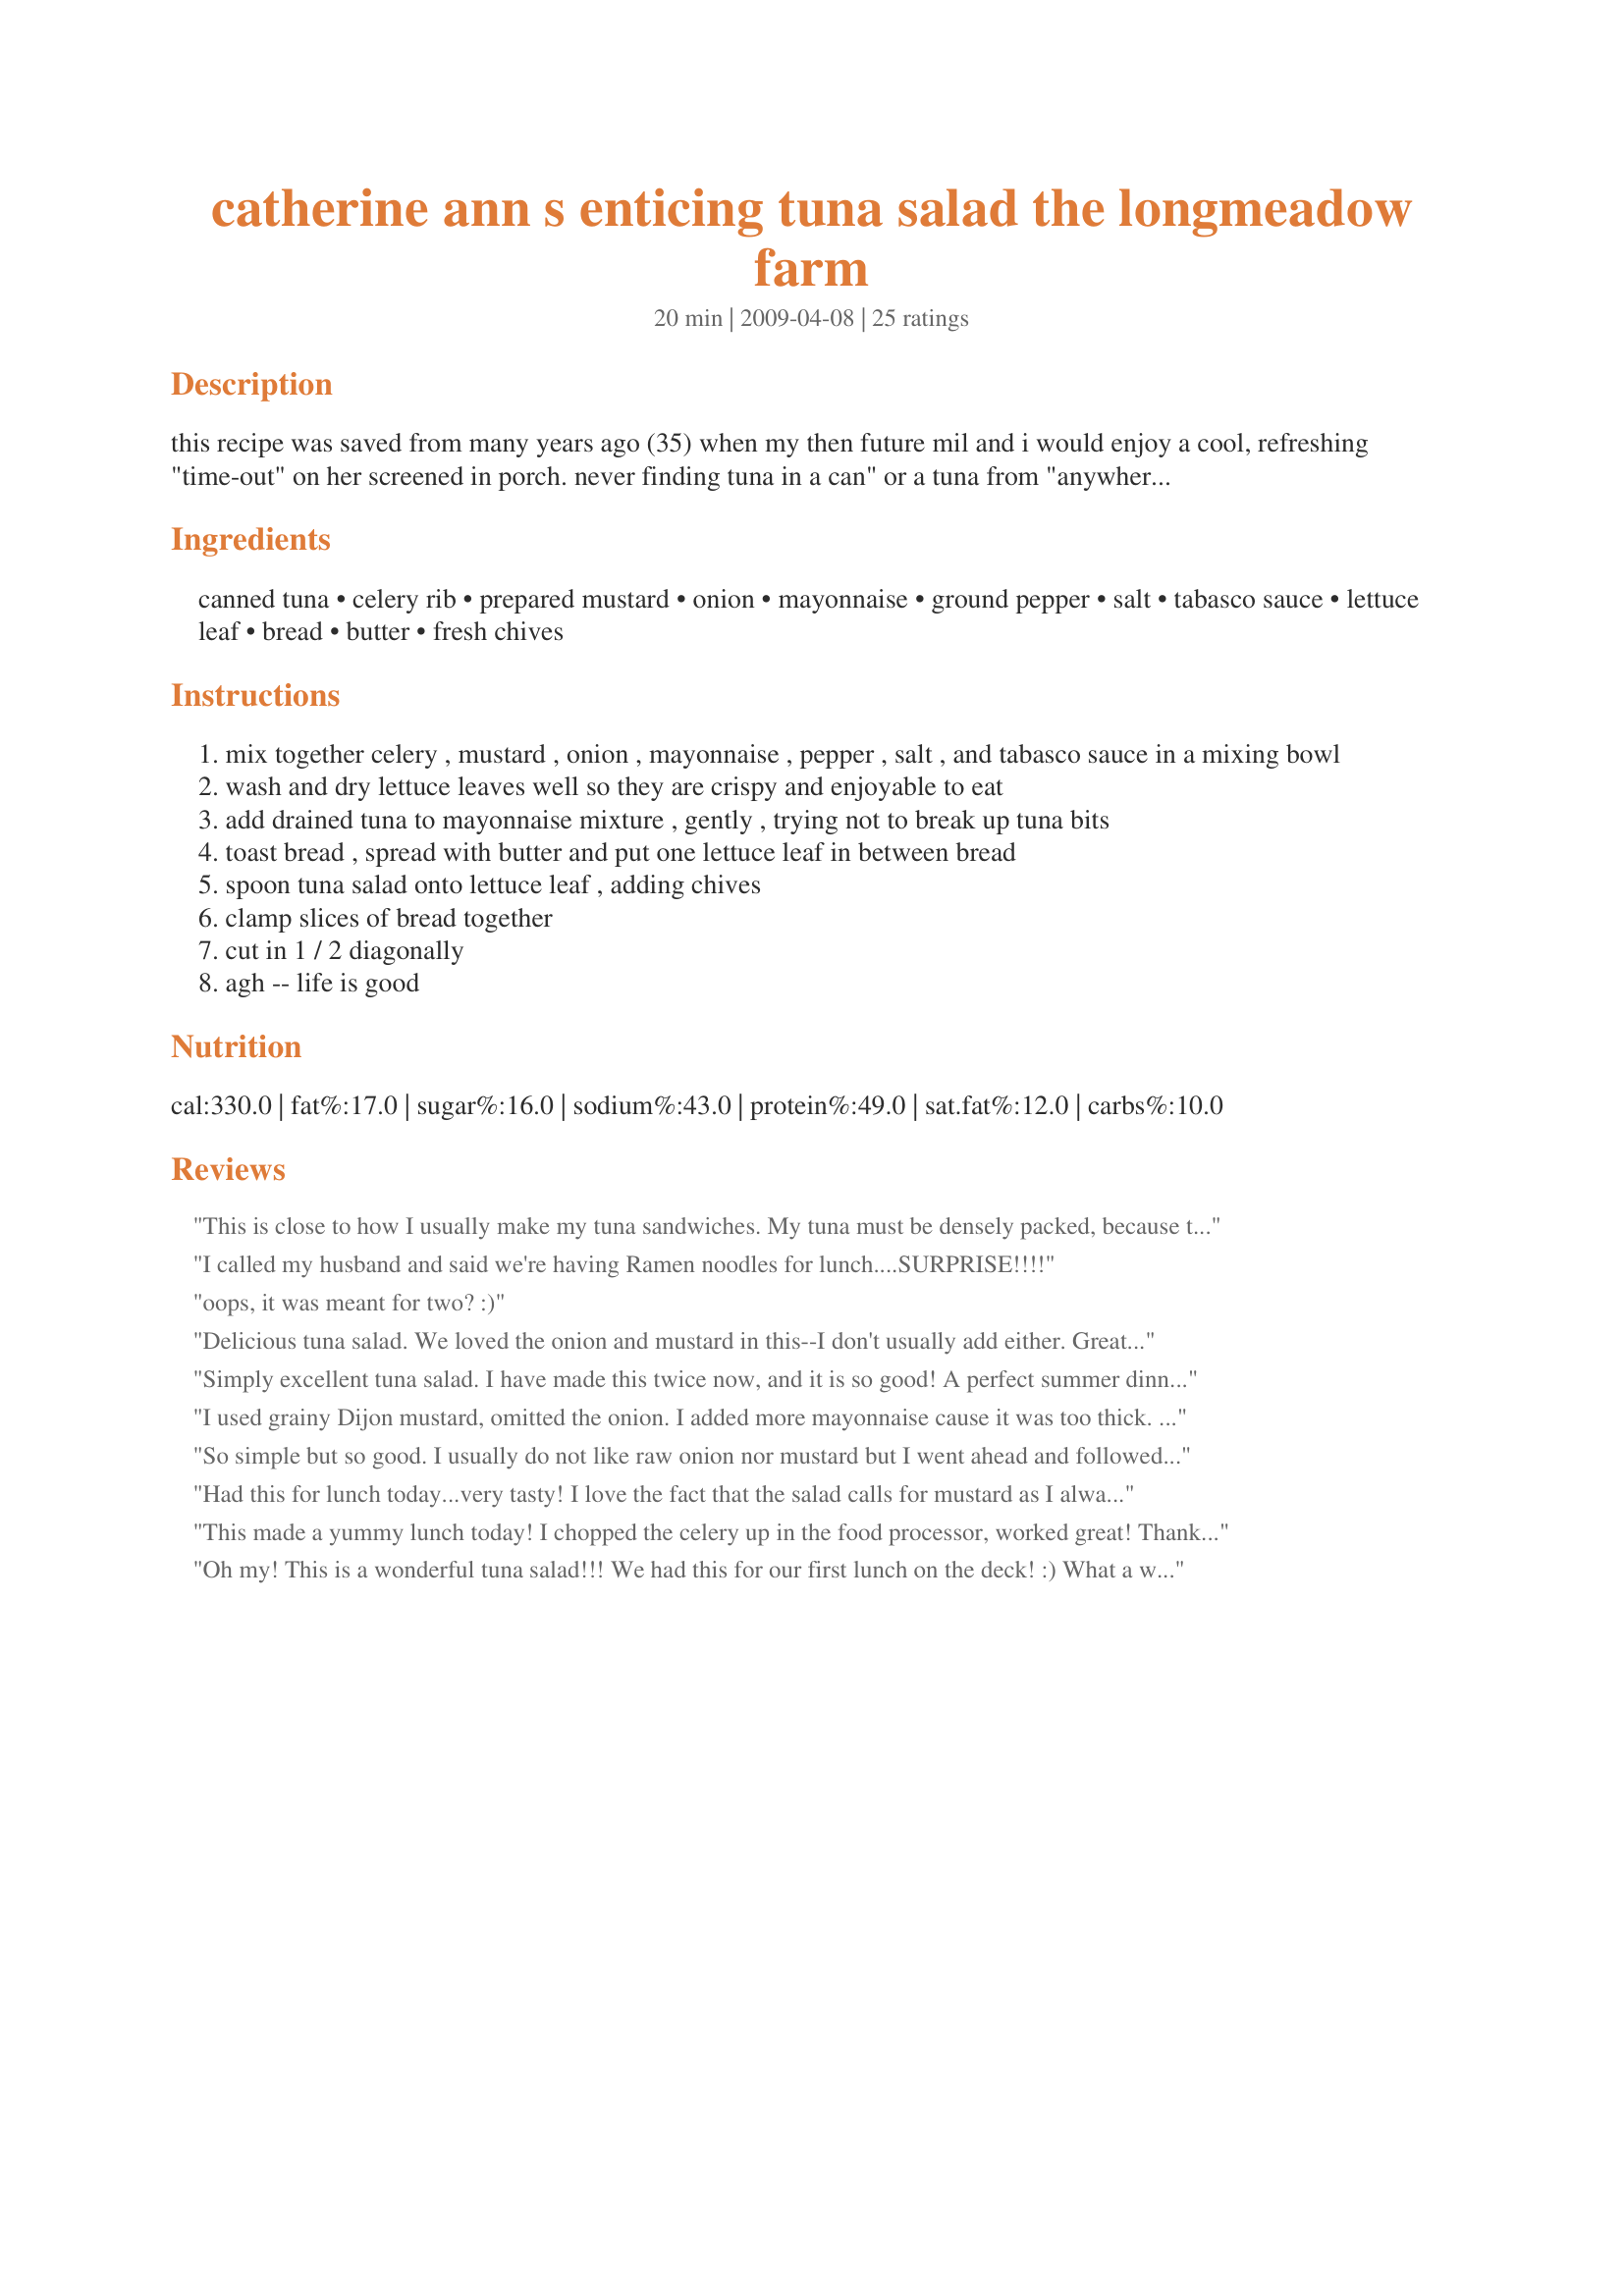
catherine ann s enticing tuna salad the longmeadow farm
Preparation time: 20 minutes

this recipe was saved from many years ago (35) when my then future mil and i would enjoy a cool, refreshing "time-out" on her screened in porch. never finding tuna in a can" or a tuna from "anywhere" to be especially great tasting, particularly to my immature palette (i was probably 19 yers.old) i would hem and haw about how i was already full, wasn't hungry, etc...etc...until one day, i thought i would take the plunge and just eat it. and it was as delightful as promised. maybe it was the time spent with this woman that had such an impact on my life, maybe it was the summer breeze softly making the wind chimes "tinkle" in the distance, either way, i have loved this method of making this simple sandwich ever since. so with great fondness for a great woman, i present to you, the reader, catherine-anne's simply lovely tuna salad.

Ingredients:
canned tuna, celery rib, prepared mustard, onion, mayonnaise, ground pepper, salt, tabasco sauce, lettuce leaf, bread, butter, fresh chives

Steps:
mix together celery , mustard , onion , mayonnaise , pepper , salt , and tabasco sauce in a mixing bowl
wash and dry lettuce leaves well so they are crispy and enjoyable to eat
add drained tuna to mayonnaise mixture , gently , trying not to break up tuna bits
toast bread , spread with butter and put one lettuce leaf in between bread
spoon tuna salad onto lettuce leaf , adding chives
clamp slices of bread together
cut in 1 / 2 diagonally
agh -- life is good

Reviews:
This is close to how I usually make my tuna sandwiches. My tuna must be densely packed, because the amount of mayo did not even make a dent - I needed to add quite a bit more to get the tuna to stick together a bit - hate it when it crumbles all over. I did dice my celery more finely, I just find that easier to eat, added a bit more mustard and onion. Accompanied a bowl of Recipe #444753 to make a satisfying lunch on a snowy day.
I called my husband and said we're having Ramen noodles for lunch....SURPRISE!!!!
oops, it was meant for two? :)
Delicious tuna salad. We loved the onion and mustard in this--I don't usually add either. Great recipe, thanks for posting!
Simply excellent tuna salad. I have made this twice now, and it is so good! A perfect summer dinner. 
Your MIL had a wonderful recipe. I am so glad she shared it with you. And thank you for sharing it with all of us! :)
I used grainy Dijon mustard, omitted the onion. I added more mayonnaise cause it was too thick. And then I decided to add honey mustard to give more taste. It's very good, thanks Andi :) Made for TYM tag game
So simple but so good. I usually do not like raw onion nor mustard but I went ahead and followed the recipe. So glad I tried it..keeper recipe.
Had this for lunch today...very tasty! I love the fact that the salad calls for mustard as I always use it in my tuna salad. We did add a bit more celery and I tripled the amount of hot pepper sauce because you couldn't tell it was added otherwise. Even my DD who does not like tuna sandwiches said she would eat this one! Made as a Recipenap for the 29th AUS/NZ Recipe Swap.
This made a yummy lunch today! I chopped the celery up in the food processor, worked great! Thanks Andi! Made for the Australian Recipe Swap-June 2009.
Oh my! This is a wonderful tuna salad!!! We had this for our first lunch on the deck! :) What a wonderful way to celebrate spring! I put our tuna salad on jumbo croissants, and had baby carrots along side. Thank you for sharing this wonderful recipe Andi! I will use this from now on to make oh so delicious tuna salad! Updated to add ~ DH requested this delicious tuna salad for lunch again today. I didn't have any crisp lettuce, but that was ok, wonderful anyway on fresh made Black Russian Bread.
Delicious. I never add mustard but it was good in here.I used Clover Leaf flaked tuna in water to be soy free, regular mustard, sweet onion, Hellman's olive oil mayonnaise to be soy free, I may have added a bit more, freshly ground black pepper, to taste, sea salt, to taste, the optional red Tabasco sauce, scallions in place of chives as that is what I had! We ate ours with baby mixed greens and rice crackers to be gluten free. I would make this again.
One Word...YUMMMMYYYYYYYYYYYYYYYYYY no changes here
I love tuna salad sandwiches and Andi your MIL's recipe....so very good! Used a large pouch of tuna and I enjoy the crunch of celery so I added a bit more. Not a fan of onion in my tuna salad so I used onion powder and also added more fresh ground black pepper. The two drops of Tabasco were enough for me, I am a wimp. I had romaine lettuce on hand, added a thin slice of tomato and than topped with the chives. Will make this again! Thank you sweetie for sharing this recipe with us! Made and reviewed for the Australian/NewZealand Forums Recipe Swap #29.
Woweee....another yummyiness to put on my salads I have most nights for my supper. I get sick of the samo samo and this is perfect and oh so good for you too. I definitely don't get enough fish in my diet or protein either for that matter being a vegetarian. The only thing I omitted was the onion as DS's don't care for it on their sammy's. I upped the ingredient amounts as I was using a 7oz. can of albacore tuna. Of course I had to add the tabasco for DS's:-). I'm glad you shared this recipe from your MIL Andi...Thanks~
Made for HolidayTag.
A sandwich that is oh so satisfying. Love the balance of flavors and all the wonderful freshness of the celery, the red leaf lettuce, and oh the chives what a great addition. Served this on a rustic bread and all DH and I could say was Mmm. Thanks so much for the post.
I cannot rate this recipe yet, but will after I make it.

I just wanted to throw in a little tip I learned recently.

When buying canned tuna, give each can a small shake next to your ear, the cans that are full of tuna will slosh very little, while the others will sound like liquid.

Try it...save yourselves some money!
Thank you Andi the DM and I enjoyed this very much for lunch. I didn't add the hot sauce (for DM's sake) but I was tempted to add finely diced red capsicum which I think I will do next time and I used green part of spring onion/scallion for the onion. I served in wholemeal hot dog style rolls. Thanks again Andi, made for Every Day A Holiday.
Great tuna salad. I added a bit of crushed garlic and ranch dressing mix - the dry stuff. I only eat tuna salad on toast but never thought of adding butter - mmmm. I didn't use lettuce but instead chips under the bread. Thanks for a tasty lunch
Mmmm!!! Andi this was good, they do say the old ones are the best and it was lovely. I just love your introduction for the recipe breezes and wind chimes Ahhhh!, seriously it was very nice, I didn't have the sandwich as I don't eat bread now so I just piled it on romaine lettuce leaves and enjoyed. The celery was nice and crisp and I used chicken of the sea tuna, it's the best tuna I have tasted and dijon mustard as I love it. It all went very well together and we had a very nice lunch. Thank you for posting it was a treat.
Great tuna salad and I love your stories!
Thanks for a tasty recipe.
I made this for tomorrow's lunch. Of course I just had to try this so I made a half of sandwich. This was really good. I enjoy a good tuna sandwich. Thanks for the recipe. Just hit the spot today and am sure will do the same tomorrow.
Excellent! Took this down to the beach with a small container of clam chowder and wonderful...we even saw dolphins jumping completely out of the water turning around and going back down...they must have known we had a great sandwich! Made as written and using all grain bread and definately making again. The flavors all meld together perfectly. Made for Catch of the Day Seafood Tag game.
This is almost identical to my mom's recipe except that she adds some finely chopped pickle. if you are so inclined, you can use dill or sweet pickle relish. If not, just omit it. Some folks use a bit of cajun seasoning (ie Tony Chacere) instead of tabasco sauce. Either way, it is good and spicy!
Yum! I've never had butter on my tuna salad sandwiches before! But I usually add boiled egg, so I felt I could justify the added fat & calories. Thanks for the great recipe. Loved it.
Discuss the taste, how difficult it was to make, any adaptations you made or menu suggestions. If you did not like it, please explain why or provide constructive criticism.
